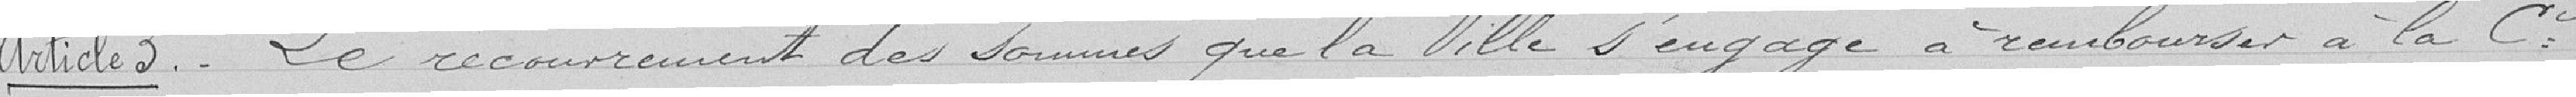
Article 3 - Le recouvrement des sommes que la Ville s'engage à rembourser à la Cie